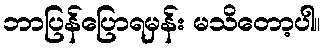
ဘာပြန်ပြောရမှန်း မသိတော့ပါ။